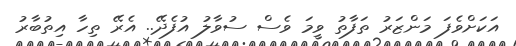
އަކަށްވެފަ މަންޒަރު ތަފާތު ވީމަ ވެެސް ސުވާލު އުފެދޭ.. އެރޭ ތިހާ އިތުބާރު